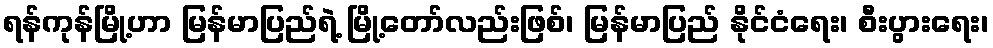
ရန်ကုန်မြို့ဟာ မြန်မာပြည်ရဲ့ မြို့တော်လည်းဖြစ်၊ မြန်မာပြည် နိုင်ငံရေး၊ စီးပွားရေး၊